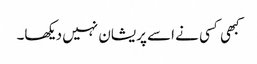
کبھی کسی نے اسے پریشان نہیں دیکھا۔